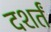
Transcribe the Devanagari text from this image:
दशर्तं